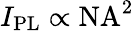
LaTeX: I_{\mathrm{PL}}\propto\mathrm{NA}^{2}